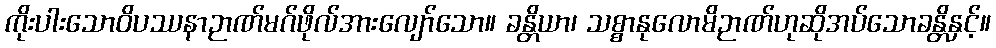
ကိုးပါးသောဝိပဿနာဉာဏ်မဂ်ဖိုလ်အားလျော်သော။ ခန္တိယာ၊ သစ္စာနုလောမိဉာဏ်ဟုဆိုအပ်သောခန္တိနှင့်။